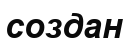
создан